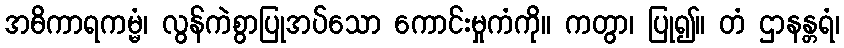
အဓိကာရကမ္မံ၊ လွန်ကဲစွာပြုအပ်သော ကောင်းမှုကံကို။ ကတွာ၊ ပြု၍။ တံ ဌာနန္တရံ၊